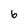
Character: 6